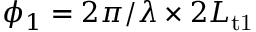
\phi _ { 1 } = 2 \pi / \lambda \times 2 L _ { \mathrm { t 1 } }